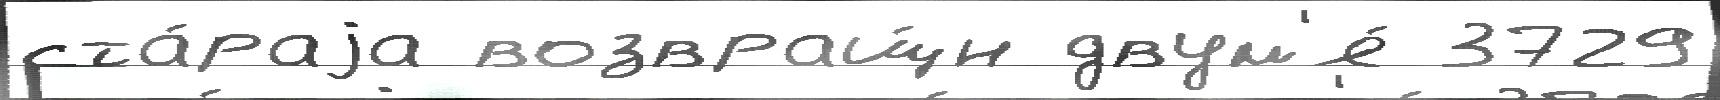
ста́раjа возвращ́н двум'я́ 3729